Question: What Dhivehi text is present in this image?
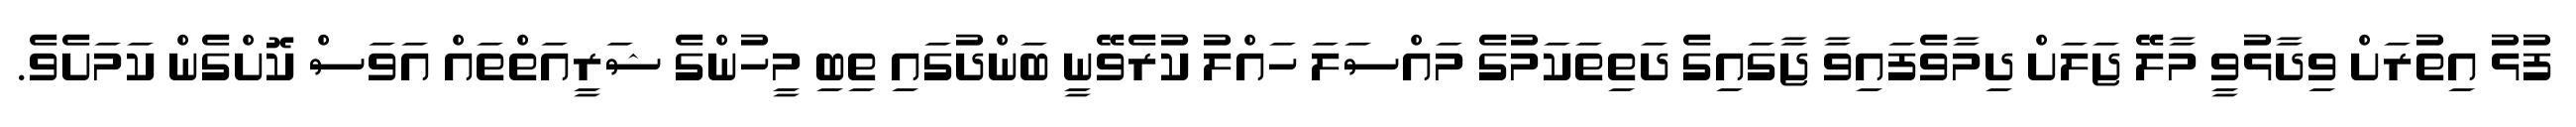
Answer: ފުޅު އިތުރަށް ވިދާޅުވީ މާލޭ ޖަލަށް ދިމާވެފައިވާ ޖާގައިގެ ދަތިތަކަމުގެ މައްސަލަ ހައްލު ކުރެވޭނީ ބަންދުގައި ތިބި މީހުންގެ ޝަރީއަތްތައް އަވަސް ކޮށްގެން ކަމަށެވެ.